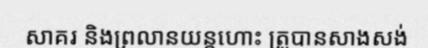
សាគរ និងព្រលានយន្តហោះ ត្រូបានសាងសង់